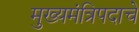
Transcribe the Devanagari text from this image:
मुख्यमंत्रिपदाचे